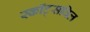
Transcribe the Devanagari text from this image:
स्कॉट्सविल